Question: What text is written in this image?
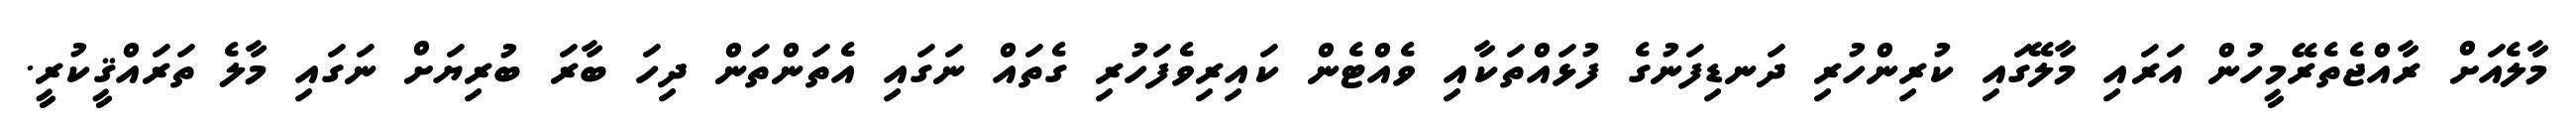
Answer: މާލެއަށް ރާއްޖެތެރޭމީހުން އަރައި މާލޭގައި ކުރިންހުރި ދަނޑިފަނުގެ ފުޅައްތަކާއި ވެއްޓެން ކައިރިވެފަހުރި ގެތައް ނަގައި އެތަންތަން ދިހަ ބާރަ ބުރިޔަށް ނަގައި މާލެ ތަރައްޤީކުރީ.